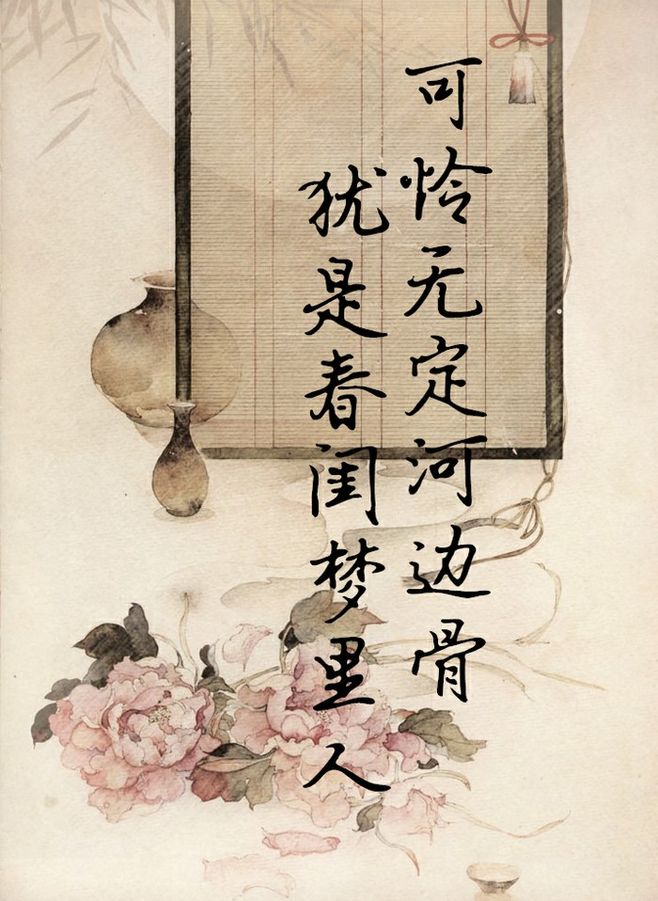
可怜无定河边骨，犹是春闺梦里人。